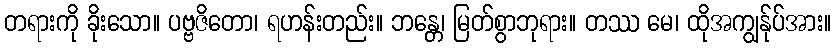
တရားကို ခိုးသော။ ပဗ္ဗဇိတော၊ ရဟန်းတည်း။ ဘန္တေ၊ မြတ်စွာဘုရား။ တဿ မေ၊ ထိုအကျွန်ုပ်အား။